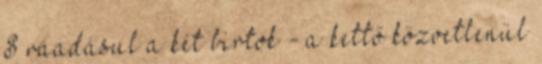
S ráadásul a két birtok - a kettő közvetlenül